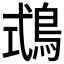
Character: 𪀦